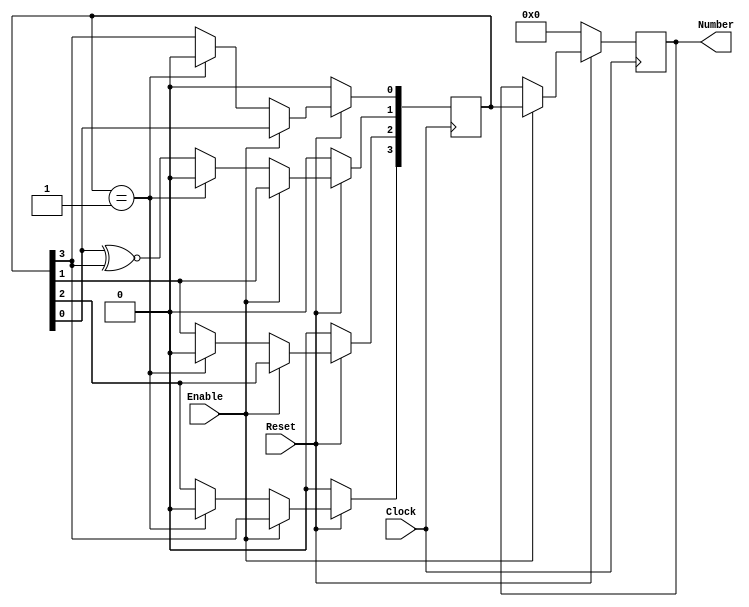
module CounterLFSR(Enable, Clock, Reset, Number);
	input Enable;
	input Clock, Reset;

	output [3:0] Number;

	reg [3:0] Number;
	reg [3:0] LFSR;
	wire feedback = LFSR[3];

	always@(posedge Clock)
		begin
			if(Reset == 1'b0)
				begin
					Number <= 4'b0000;
					LFSR <= 4'b0000;
				end
			else if(Enable == 1'b1)
				begin
					Number <= LFSR; 		
				end
			else 
				begin
					if(LFSR == 4'b0001) 
						begin
							LFSR <= 4'b0000;
						end
					else
						begin
							LFSR[0] <= feedback;
							LFSR[1] <= LFSR[0] ~^ feedback;
							LFSR[2] <= LFSR[1];
							LFSR[3] <= LFSR[2];
						end 
				end
		end

endmodule